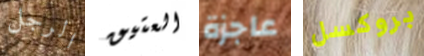
الرجل العتيق عاجزة بروكسل